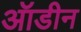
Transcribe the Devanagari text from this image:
ऑडीन